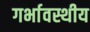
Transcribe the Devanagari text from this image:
गर्भावस्थीय